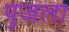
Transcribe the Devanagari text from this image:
पुजला